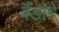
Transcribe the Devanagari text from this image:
बैंडोगे